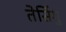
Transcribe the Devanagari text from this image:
तेसिंगु